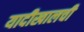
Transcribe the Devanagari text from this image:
यादीखालची